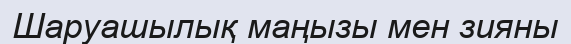
Шаруашылық маңызы мен зияны